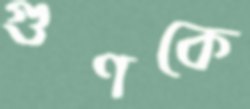
গুণকে